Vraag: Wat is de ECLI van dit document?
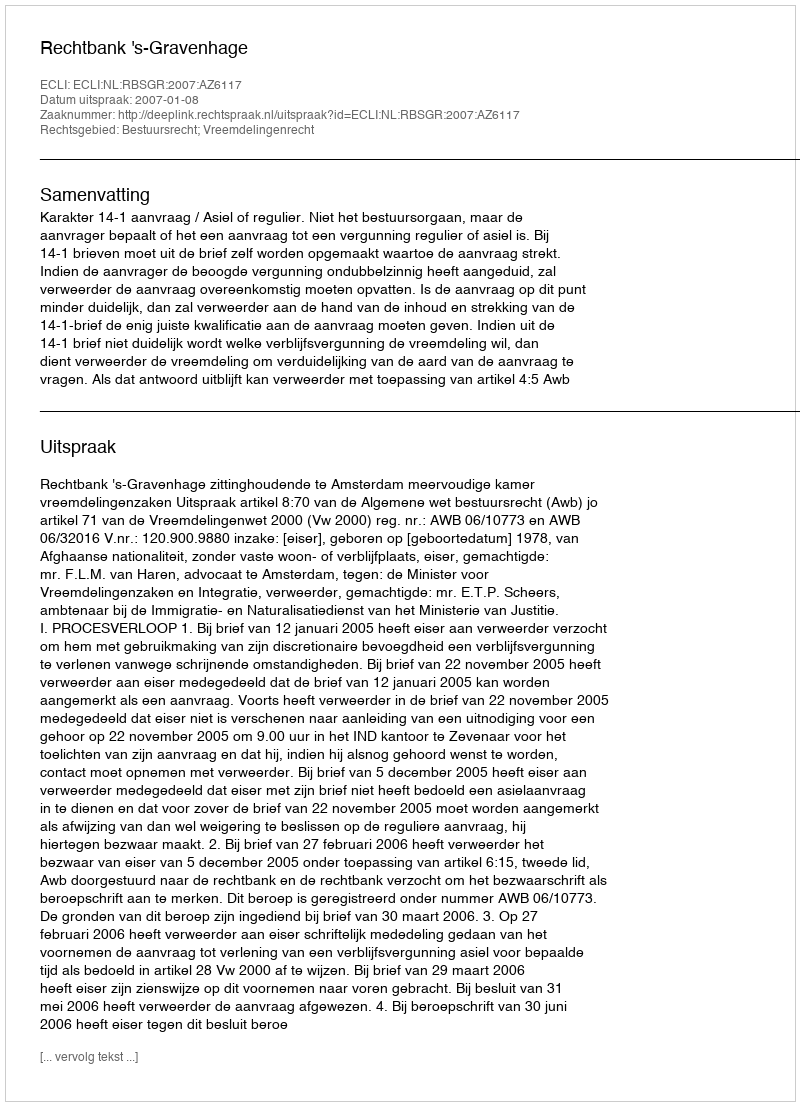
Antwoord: ECLI:NL:RBSGR:2007:AZ6117